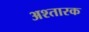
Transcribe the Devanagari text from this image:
अश्तारक